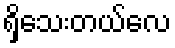
ရှိသေးတယ်လေ